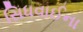
સિધવાઈના